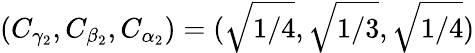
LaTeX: (C_{\gamma_{2}},C_{\beta_{2}},C_{\alpha_{2}})=(\sqrt{1/4},\sqrt{1/3},\sqrt{1/4})